Scientific memoirs by medical officers of the Army of India - Part XII,
Year: 1901
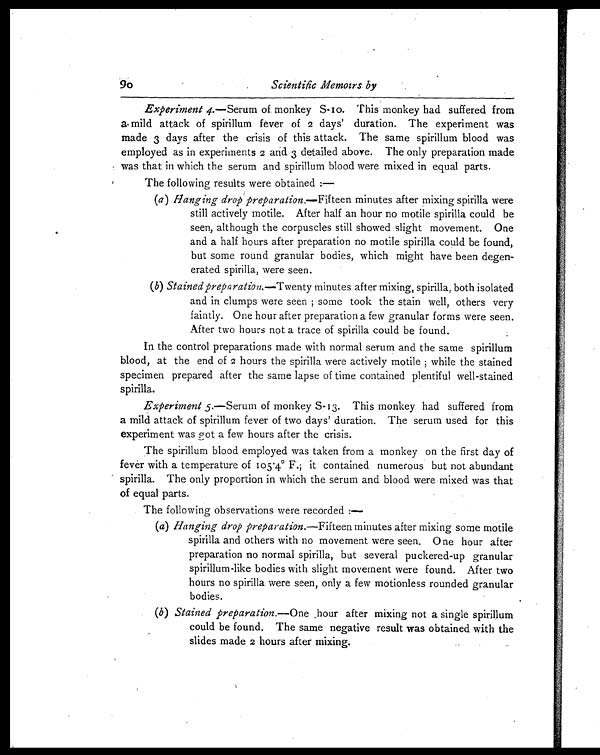
90
Scientific Memoirs by
Experiment 4.—Serum of monkey S-10. This monkey had suffered from
a mild attack of spirillum fever of 2 days' duration. The experiment was
made 3 days after the crisis of this attack. The same spirillum blood was
employed as in experiments 2 and 3 detailed above. The only preparation made
was that in which the serum and spirillum blood were mixed in equal parts.
The following results were obtained :—
(a) Hanging drop preparation.— Fifteen minutes after mixing spirilla were
still actively motile. After half an hour no motile spirilla could be
seen, although the corpuscles still showed slight movement. One
and a half hours after preparation no motile spirilla could be found,
but some round granular bodies, which might have been degen-
erated spirilla, were seen.
(b) Stained prepraration.—Twenty minutes after mixing, spirilla, both isolated
and in clumps were seen; some took the stain well, others very
faintly. One hour after preparation a few granular forms were seen.
After two hours not a trace of spirilla could be found.
In the control preparations made with normal serum and the same spirillum
blood, at the end of 2 hours the spirilla were actively motile; while the stained
specimen prepared after the same lapse of time contained plentiful well-stained
spirilla.
Experiment 5.—Serum of monkey S-13. This monkey had suffered from
a mild attack of spirillum fever of two days' duration. The serum used for this
experiment was got a few hours after the crisis.
The spirillum blood employed was taken from a monkey on the first day of
fever with a temperature of 105.4° F.; it contained numerous but not abundant
spirilla. The only proportion in which the serum and blood were mixed was that
of equal parts.
The following observations were recorded :—
(a) Hanging drop preparation.— Fifteen minutes after mixing some motile
spirilla and others with no movement were seen. One hour after
preparation no normal spirilla, but several puckered-up granular
spirillum-like bodies with slight movement were found. After two
hours no spirilla were seen, only a few motionless rounded granular
bodies.
(b) Stained preparation.— One hour after mixing not a single spirillum
could be found. The same negative result was obtained with the
slides made 2 hours after mixing.